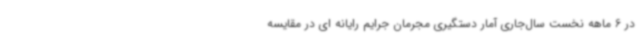
در 6 ماهه نخست سال‌جاری آمار دستگیری مجرمان جرایم رایانه ای در مقایسه